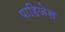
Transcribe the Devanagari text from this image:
पाहिजेस